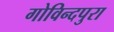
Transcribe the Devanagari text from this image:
गोविन्दपुरा